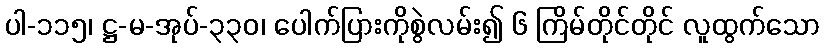
ပါ-၁၁၅၊ ဋ္ဌ-မ-အုပ်-၃၃၀၊ ပေါက်ပြားကိုစွဲလမ်း၍ ၆ ကြိမ်တိုင်တိုင် လူထွက်သော